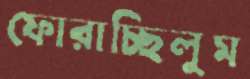
ফোরাচ্ছিলুম